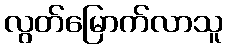
လွတ်မြောက်လာသူ